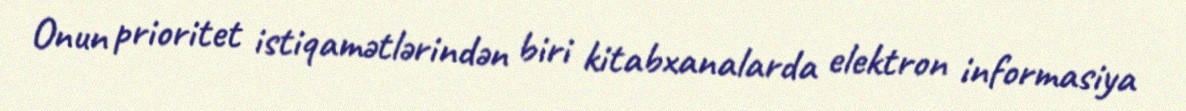
Onun prioritet istiqamətlərindən biri kitabxanalarda elektron informasiya